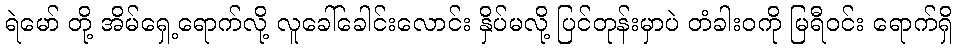
ရဲမော် တို့ အိမ်ရှေ့ရောက်လို့ လူခေါ်ခေါင်းလောင်း နှိပ်မလို့ ပြင်တုန်းမှာပဲ တံခါးဝကို မြရီဝင်း ရောက်ရှိ